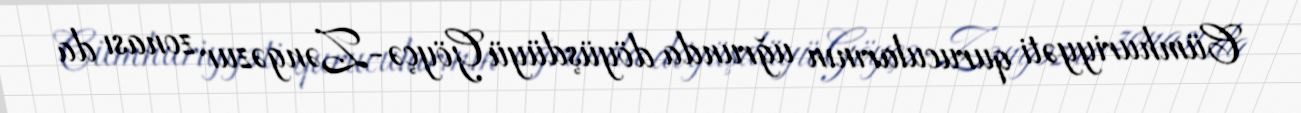
Cümhuriyyəti qurucularının uğrunda döyüşdüyü Göyçə-Zəngəzur zonası da